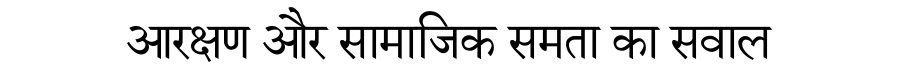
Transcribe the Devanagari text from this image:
आरक्षण और सामाजिक समता का सवाल